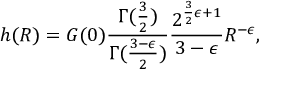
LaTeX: h ( R ) = { \cal G } ( 0 ) \frac { \Gamma ( \frac { 3 } { 2 } ) } { \Gamma ( \frac { 3 - \epsilon } { 2 } ) } \frac { 2 ^ { \frac { 3 } { 2 } \epsilon + 1 } } { 3 - \epsilon } R ^ { - \epsilon } ,